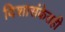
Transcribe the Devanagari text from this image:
दिशासंकेतही